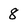
Character: 8